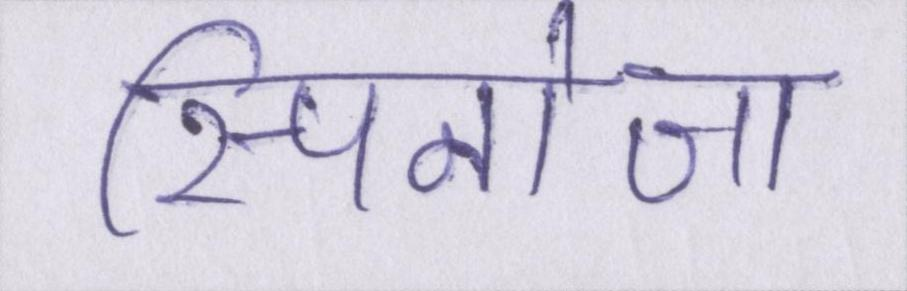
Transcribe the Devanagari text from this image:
स्पिनोजा